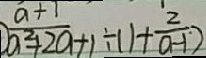
\frac { a + 1 } { a ^ { 2 } + 2 a + 1 } \div ( 1 + \frac { 2 } { a - 1 } )